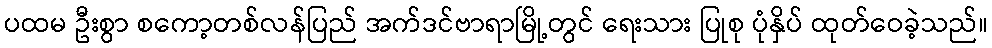
ပထမ ဦးစွာ စကော့တစ်လန်ပြည် အက်ဒင်ဗာရာမြို့တွင် ရေးသား ပြုစု ပုံနှိပ် ထုတ်ဝေခဲ့သည်။